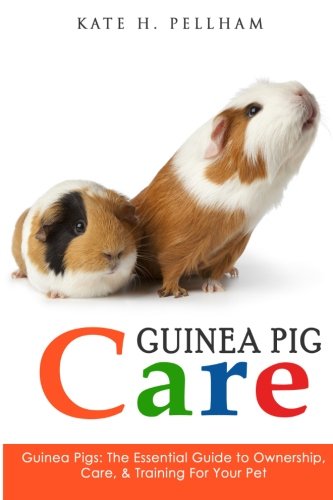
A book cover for Guinea Pigs: The Essential Guide To Ownership, Care, & Training For Your Pet (Guinea Pig Care); Kate H Pellham; Crafts, Hobbies & Home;